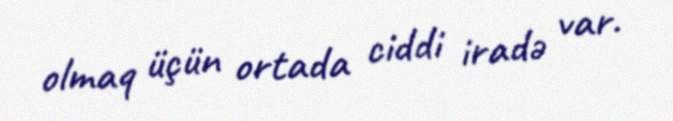
olmaq üçün ortada ciddi iradə var.